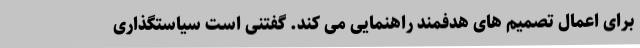
برای اعمال تصمیم های هدفمند راهنمایی می کند. گفتنی است سیاستگذاری